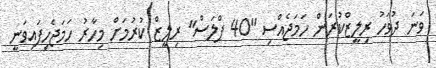
ވަނަ ދުވަހު ރިލީޒްކުރަން ހަމަޖެއްސި "40 ޕްލަސް" ރިލީޒް ކުރުމަށް މިހާރު ހަމަޖެހިފައިވަނީ